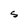
Character: S